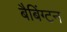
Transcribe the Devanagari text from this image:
बैबिंग्टन